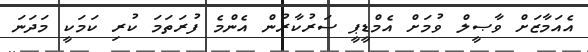
އެއަމާޒަށް ވާޞީލް ވުމަށް އެމްޑީޕީ ސަރުކާރުން އެންމެ ފުރަތަމަ ކުރި ކަމަކީ މަދަނަ